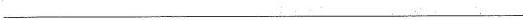
___